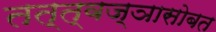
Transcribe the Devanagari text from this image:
तत्त्वज्ञासोबत